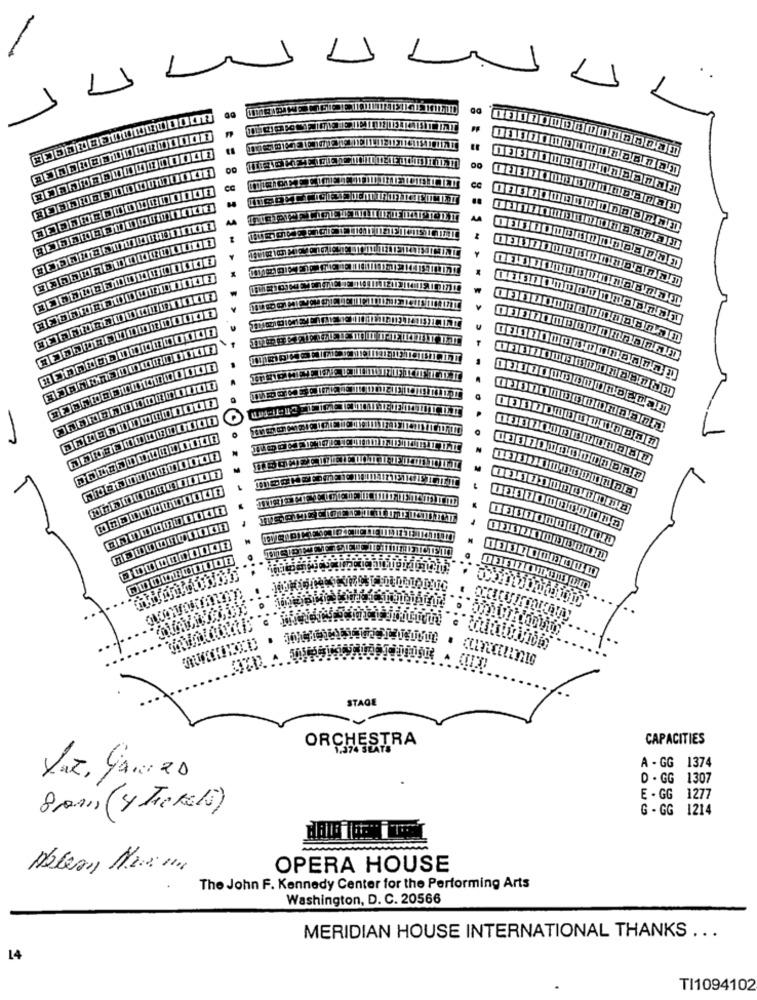
1
1
1
1
00
ce
-
0301000 000000
STAGE
CAPACITIES
ORCHESTR
A - GG 1374
D - GG 1307
E . GG 1277
8ans (4 Tickets)
G - GG 1214
COWO
OPERA HOUSE
The John F. Kennedy Center for the Performing Arts
Washington, D. C. 20566
MERIDIAN HOUSE INTERNATIONAL THANKS ...
14
TI1094102